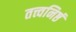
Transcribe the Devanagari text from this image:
तत्त्वनिष्ठं